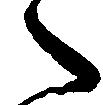
々